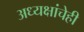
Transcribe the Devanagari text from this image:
अध्यक्षांचेही